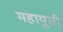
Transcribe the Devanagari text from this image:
महायुती